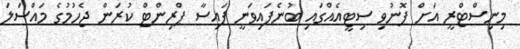
މިނިސްޓްރީ އަށް ފޮނުވި ސިޓީއެއްގައި ބުނެފައިވަނީ ފައިސާ ޕްރިންޓް ކުރަން ޖެހުމުގެ މައްސަލަ